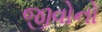
જીવોનો